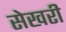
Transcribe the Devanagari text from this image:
सेखरी